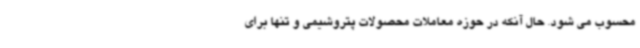
محسوب می شود. حال آنکه در حوزه معاملات محصولات پتروشیمی و تنها برای